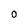
Character: 0